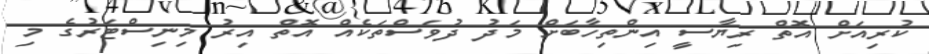
ކުރިއަށް އޮތް ރިޔާސީ އިންތިހާބަށް މަދު ދުވަސްތަކެއް އޮތް އިރު މިނިސްޓަރުގެ މި